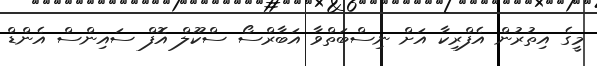
މީގެ އިތުރުން އެފްރިކާ އަށް ނިސްބަތްވާ އަބާރްސޯ ސްކޫލް އޮފް ސައިންސް އެންޑް